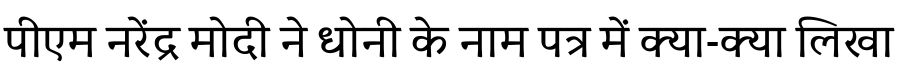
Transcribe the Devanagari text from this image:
पीएम नरेंद्र मोदी ने धोनी के नाम पत्र में क्या-क्या लिखा